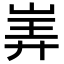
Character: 㟖